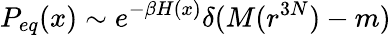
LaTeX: P_{eq}(x)\sim e^{-\beta H(x)}\delta(M(r^{3N})-m)